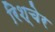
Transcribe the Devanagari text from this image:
रिश्चेर